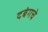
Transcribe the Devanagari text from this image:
दबंगचे